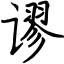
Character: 谬